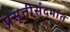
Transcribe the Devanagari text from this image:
प्रसूतीसंदर्भात